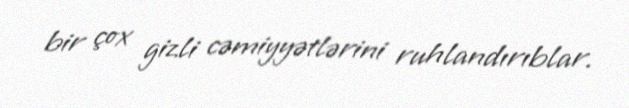
bir çox gizli cəmiyyətlərini ruhlandırıblar.